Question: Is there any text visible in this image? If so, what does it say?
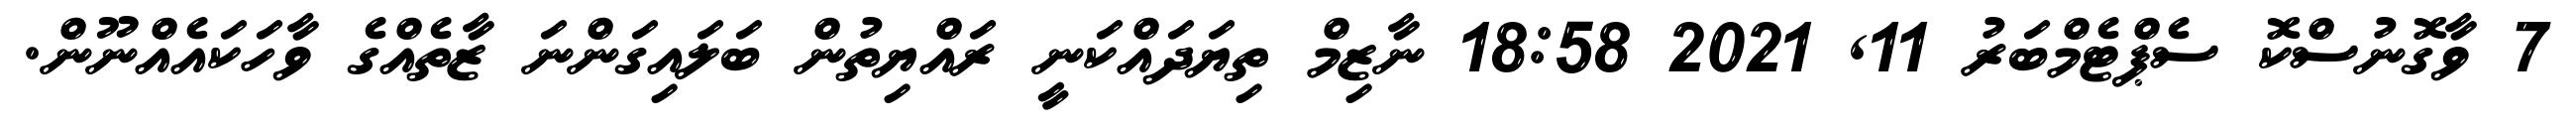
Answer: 7 ވާގޮނުސްކޮ ސެޕްޓެމްބަރު 11, 2021 18:58 ނާޒިމް ތިޔަދައްކަނީ ރައްޔިތުން ބަލައިގަންނަ ޒާތެއްގެ ވާހަކައެއްނޫން.